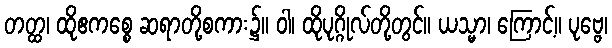
တတ္ထ၊ ထိုဧကစ္စေ ဆရာတို့စကား၌။ ဝါ၊ ထိုပုဂ္ဂိုလ်တို့တွင်။ ယသ္မာ၊ ကြောင့်။ ပုဗ္ဗေ၊